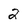
Character: 2